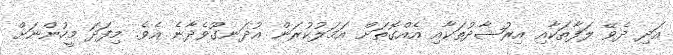
އަދި ދެވޭ ލަފާތަކާއި އިރުޝާދުތަކާއި އެއްގޮތަށް އަމަލުކުރަން އުދަނގޫވެދާނެ އެވެ. މިފަދަ މީހުންނަށް